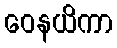
ဝေနယိကာ